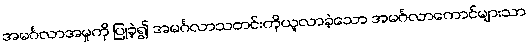
အမင်္ဂလာအမှုကို ပြုခဲ့၍ အမင်္ဂလာသတင်းကိုယူလာခဲ့သော အမင်္ဂလာကောင်များသာ